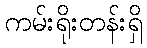
ကမ်းရိုးတန်းရှိ